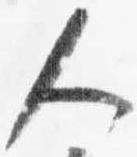
人